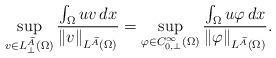
LaTeX: \begin{align*}\sup_{v \in L^{\widetilde A}_\bot(\Omega )} \frac{\int _\Omega uv\,dx}{\|v\|_{L^{\widetilde A}(\Omega )}} = \sup_{\varphi \in C^\infty_{0,\bot}(\Omega )} \frac{\int _\Omega u\varphi\,dx}{\|\varphi\|_{L^{\widetilde A}(\Omega )}}.\end{align*}